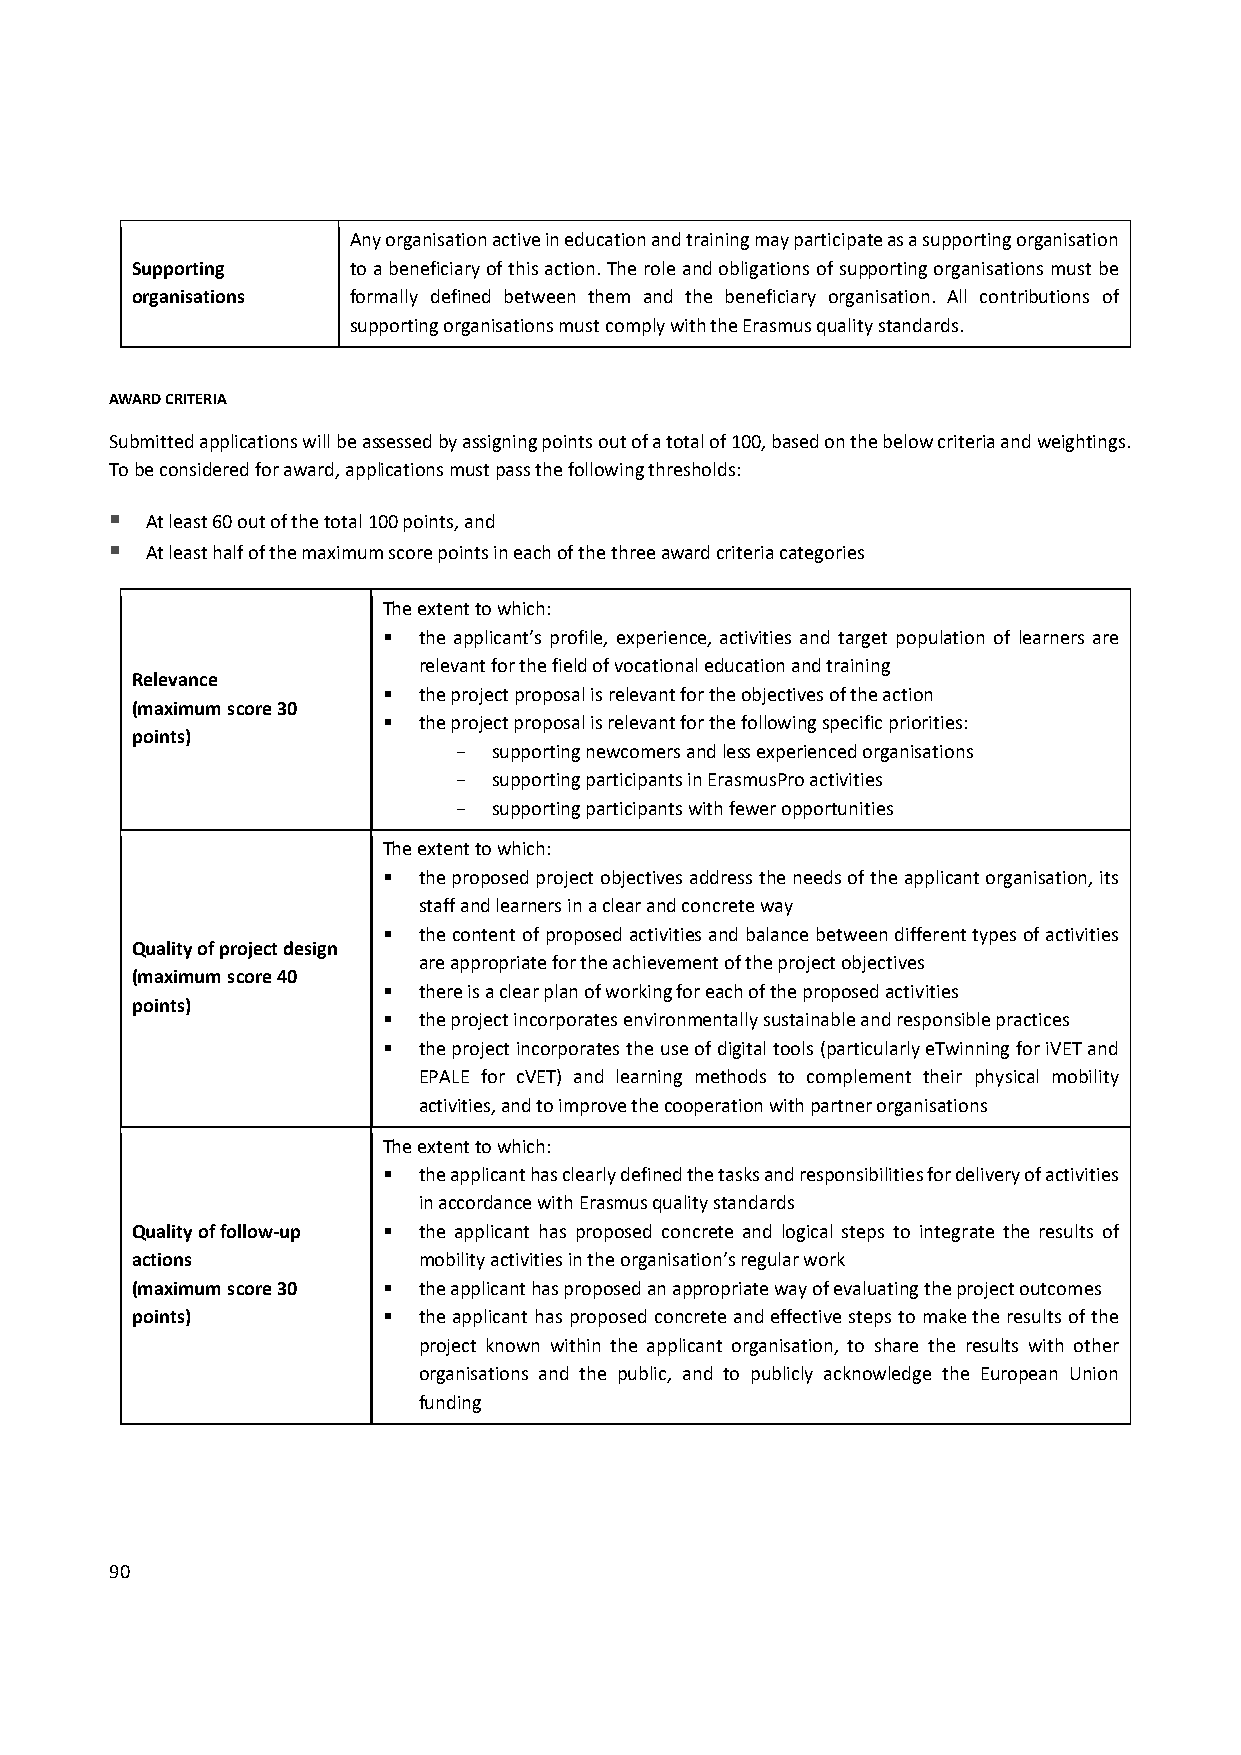
Any organisation active in education and training may participate as a supporting organisation
 Supporting    to a beneficiary of this action. The role and obligations of supporting organisations must be
 organisations formally defined between them and the beneficiary organisation. All contributions of
 supporting organisations must comply with the Erasmus quality standards.
 AWARD CRITERIA
 Submitted applications will be assessed by assigning points out of a total of 100, based on the below criteria and weightings.
 To be considered for award, applications must pass the following thresholds:
   At least 60 out of the total 100 points, and
   At least half of the maximum score points in each of the three award criteria categories
 The extent to which:
   the applicant’s profile, experience, activities and target population of learners are
 relevant for the field of vocational education and training
 Relevance
   the project proposal is relevant for the objectives of the action
 (maximum score 30
   the project proposal is relevant for the following specific priorities:
 points)
 ­  supporting newcomers and less experienced organisations
 ­  supporting participants in ErasmusPro activities
 ­  supporting participants with fewer opportunities
 The extent to which:
   the proposed project objectives address the needs of the applicant organisation, its
 staff and learners in a clear and concrete way
   the content of proposed activities and balance between different types of activities
 Quality of project design
 are appropriate for the achievement of the project objectives
 (maximum score 40
   there is a clear plan of working for each of the proposed activities
 points)
   the project incorporates environmentally sustainable and responsible practices
   the project incorporates the use of digital tools (particularly eTwinning for iVET and
 EPALE for cVET) and learning methods to complement their physical mobility
 activities, and to improve the cooperation with partner organisations
 The extent to which:
   the applicant has clearly defined the tasks and responsibilities for delivery of activities
 in accordance with Erasmus quality standards
 Quality of follow‐up  the applicant has proposed concrete and logical steps to integrate the results of
 actions            mobility activities in the organisation’s regular work
 (maximum score 30  the applicant has proposed an appropriate way of evaluating the project outcomes
 points)           the applicant has proposed concrete and effective steps to make the results of the
 project known within the applicant organisation, to share the results with other
 organisations and the public, and to publicly acknowledge the European Union
 funding
 90